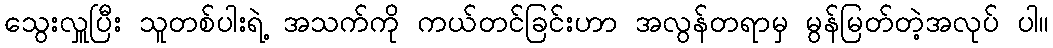
သွေးလှူပြီး သူတစ်ပါးရဲ့ အသက်ကို ကယ်တင်ခြင်းဟာ အလွန်တရာမှ မွန်မြတ်တဲ့အလုပ် ပါ။